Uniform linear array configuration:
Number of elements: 4
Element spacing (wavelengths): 0.5
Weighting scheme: hamming
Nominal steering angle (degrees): -45
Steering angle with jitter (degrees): -45.266
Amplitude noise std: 0.05
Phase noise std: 0.05

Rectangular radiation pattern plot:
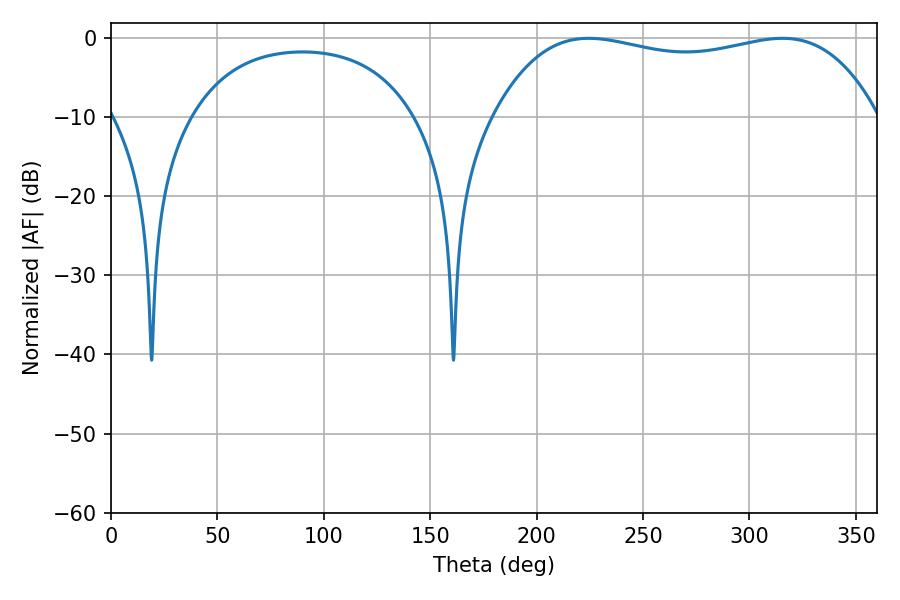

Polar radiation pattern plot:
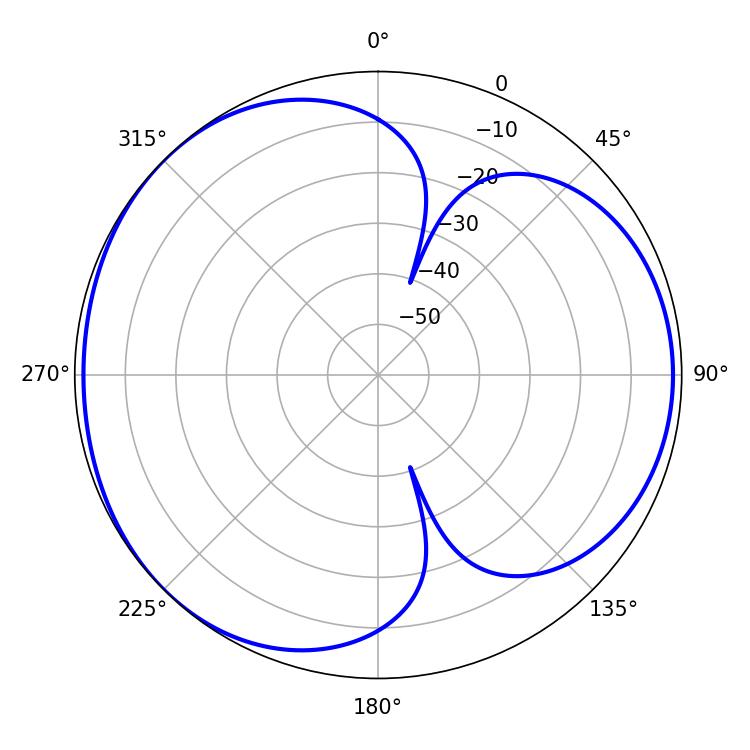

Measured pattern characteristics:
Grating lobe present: FALSE
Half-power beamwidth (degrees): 145.08
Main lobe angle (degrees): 224.46